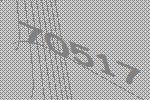
70517